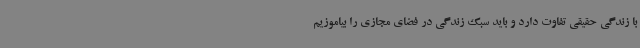
با زندگی حقیقی تفاوت دارد و باید سبک زندگی در فضای مجازی را بیاموزیم